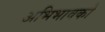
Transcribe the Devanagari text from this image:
अभिभावको